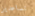
تساعدين